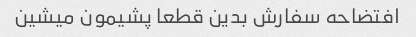
افتضاحه سفارش بدین قطعا پشیمون میشین